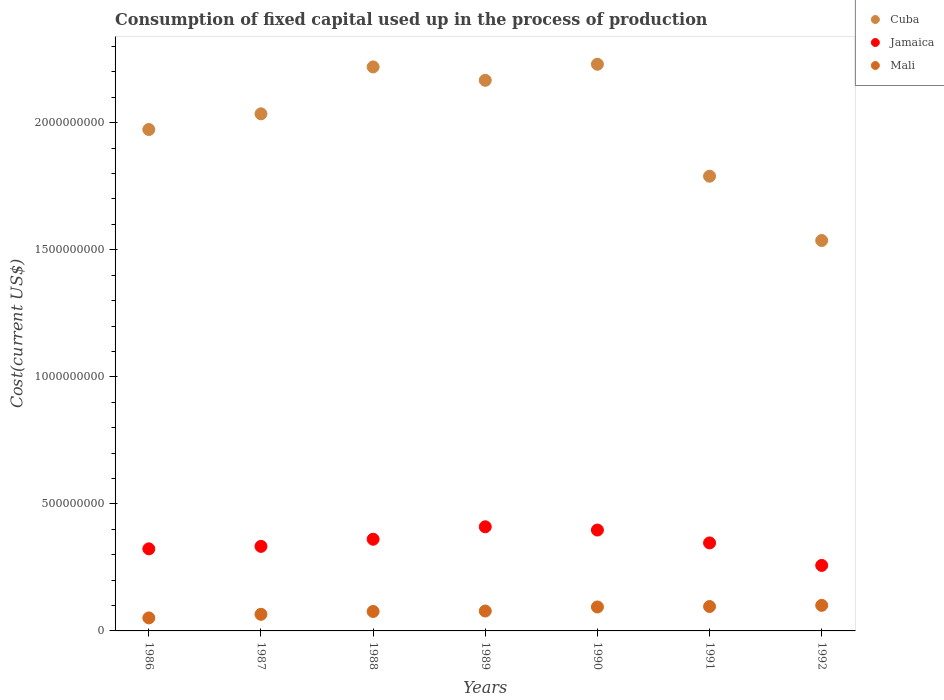
| Years | Cuba | Jamaica | Mali |
 | --- | --- | --- | --- |
 | 1986 | 1.97e+09 | 3.23e+08 | 5.12e+07 |
 | 1987 | 2.04e+09 | 3.33e+08 | 6.54e+07 |
 | 1988 | 2.22e+09 | 3.61e+08 | 7.65e+07 |
 | 1989 | 2.17e+09 | 4.1e+08 | 7.84e+07 |
 | 1990 | 2.23e+09 | 3.97e+08 | 9.43e+07 |
 | 1991 | 1.79e+09 | 3.46e+08 | 9.61e+07 |
 | 1992 | 1.54e+09 | 2.58e+08 | 1.01e+08 |